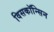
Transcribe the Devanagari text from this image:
विसकॉन्सिन